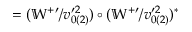
= ( \mathbb { W } ^ { + \prime } / v _ { 0 ( 2 ) } ^ { \prime 2 } ) \circ ( \mathbb { W } ^ { + \prime } / v _ { 0 ( 2 ) } ^ { \prime 2 } ) ^ { \ast }